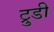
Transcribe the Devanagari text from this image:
ट्रुडी